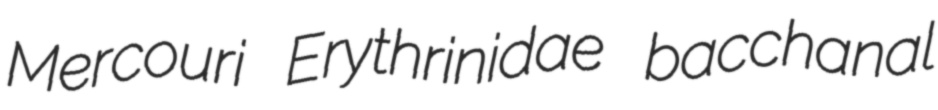
Mercouri Erythrinidae bacchanal